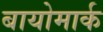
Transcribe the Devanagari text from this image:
बायोमार्क